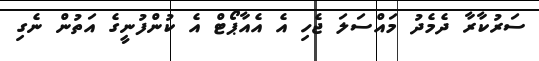
ސަރުކާރާ ދެމެދު މައްސަލަ ޖެހި އެ އެއާޕޯޓް އެ ކުންފުނީގެ އަތުން ނެގި